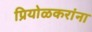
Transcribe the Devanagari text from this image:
प्रियोळकरांना